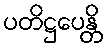
ပတိဋ္ဌပေန္တိ